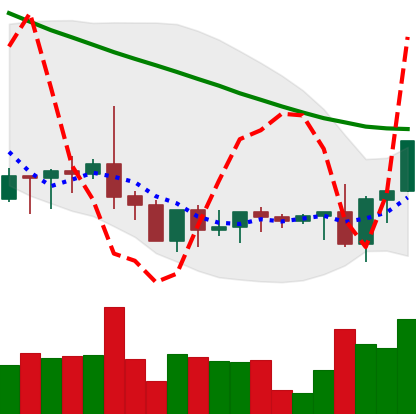
Ticker: XRP-USD
Chart end date: 2022-09-09
Forward return: -4.317%
Label: down_3_5